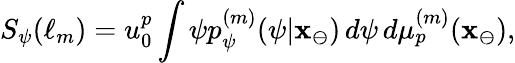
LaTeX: S_{\psi}(\ell_{m})=u_{0}^{p}\int\psi p_{\psi}^{(m)}(\psi|\mathbf{x}_{\ominus})\, d\psi\, d\mu_{p}^{(m)}(\mathbf{x}_{\ominus}),